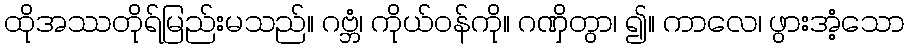
ထိုအဿတိုရ်မြည်းမသည်။ ဂဗ္ဘံ၊ ကိုယ်ဝန်ကို။ ဂဏှိတွာ၊ ၍။ ကာလေ၊ ဖွားအံ့သော